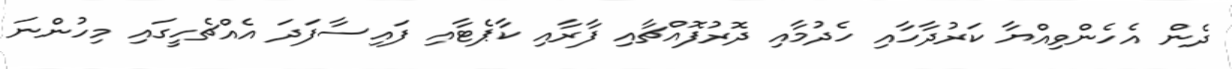
ދެން އެހެންވިއްޔާ ކަރުދާހާއި ހެދުމާއި ދޮރުފޮއްޗާއި ފާރާއި ކާޕެޓާއި ފައިސާފަދަ އެއްޗެހީގައި މިހުންނަ